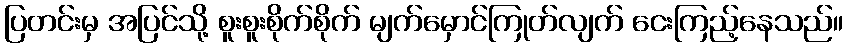
ပြတင်းမှ အပြင်သို့ စူးစူးစိုက်စိုက် မျက်မှောင်ကြုတ်လျက် ငေးကြည့်နေသည်။